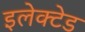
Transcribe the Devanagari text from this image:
इलेक्टेड